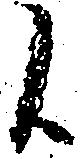
候